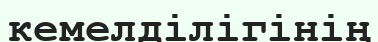
кемелділігінің